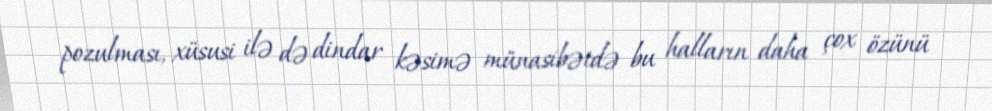
pozulması, xüsusi ilə də dindar kəsimə münasibətdə bu halların daha çox özünü